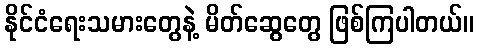
နိုင်ငံရေးသမားတွေနဲ့ မိတ်ဆွေတွေ ဖြစ်ကြပါတယ်။